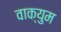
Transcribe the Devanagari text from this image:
वाक्युम